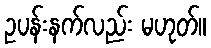
ဥပန်းနက်လည်း မဟုတ်။